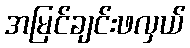
အမြင်ချင်းဖလှယ်